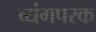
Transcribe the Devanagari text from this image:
व्यंगपरक